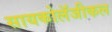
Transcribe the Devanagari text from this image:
सायकोलॅजीकल